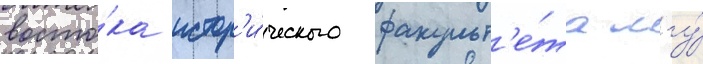
восто́ка истор'и́ческого факульт'е́та мгу́